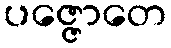
ပဇ္ဇောတေ